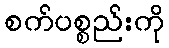
စက်ပစ္စည်းကို